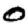
Digit: 0